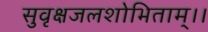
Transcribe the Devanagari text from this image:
सुवृक्षजलशोभिताम्।।